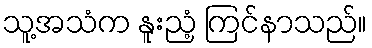
သူ့အသံက နူးညံ့ ကြင်နာသည်။